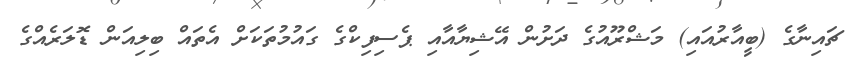
ޗައިނާގެ (ބީއާރުއައި) މަޝްރޫއުގެ ދަށުން އޭޝިޔާއާއި ޕެސިފިކްގެ ގައުމުތަކަށް އެތައް ބިލިއަން ޑޮލަރެއްގެ